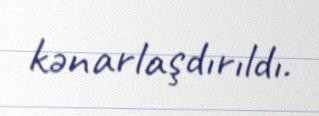
kənarlaşdırıldı.